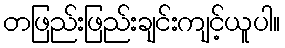
တဖြည်းဖြည်းချင်းကျင့်ယူပါ။